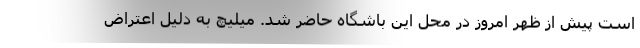
است پیش از ظهر امروز در محل این باشگاه حاضر شد. میلیچ به دلیل اعتراض